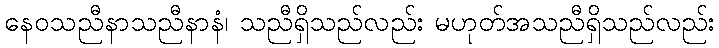
နေဝသညီနာသညီနာနံ၊ သညီရှိသည်လည်း မဟုတ်အသညီရှိသည်လည်း